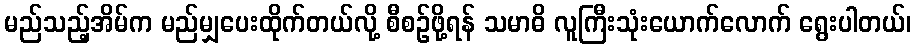
မည်သည့်အိမ်က မည်မျှပေးထိုက်တယ်လို့ စီစဉ်ဖို့ရန် သမာဓိ လူကြီးသုံးယောက်လောက် ရွေးပါတယ်၊